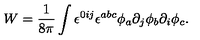
W = { \frac { 1 } { 8 \pi } } \int \epsilon ^ { 0 i j } \epsilon ^ { a b c } \phi _ { a } \partial _ { j } \phi _ { b } \partial _ { i } \phi _ { c } .